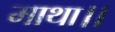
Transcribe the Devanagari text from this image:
माथा।।